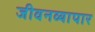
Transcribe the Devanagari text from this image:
जीवनव्यापार